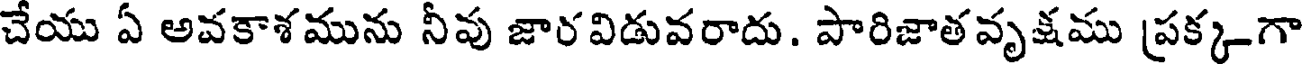
చేయు ఏ అవకాశమును నీవు జారవిడువరాదు. పారిజాతవృక్షము ప్రక్కగా